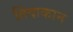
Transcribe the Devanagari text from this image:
तिंदाकान